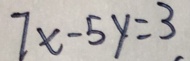
7 x - 5 y = 3